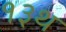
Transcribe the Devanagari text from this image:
१३थ